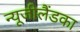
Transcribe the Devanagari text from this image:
न्यूजीलैंडका